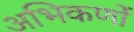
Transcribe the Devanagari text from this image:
अभिकणों